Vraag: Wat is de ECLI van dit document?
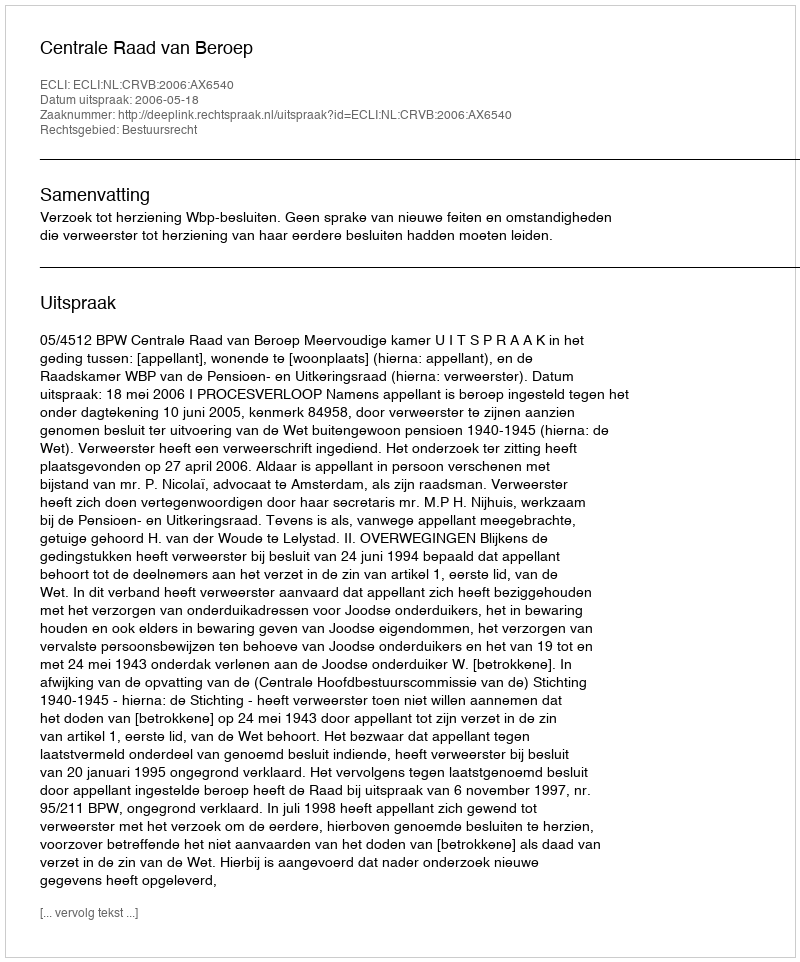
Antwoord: ECLI:NL:CRVB:2006:AX6540